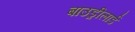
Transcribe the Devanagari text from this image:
बाउड्रीलार्ड